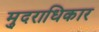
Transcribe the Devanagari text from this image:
मु्दराधिकार